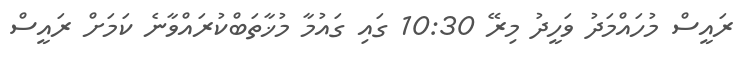
ރައީސް މުހައްމަދު ވަހީދު މިރޭ 10:30 ގައި ގައުމާ މުޚާތަބްކުރައްވާނެ ކަމަށް ރައީސް